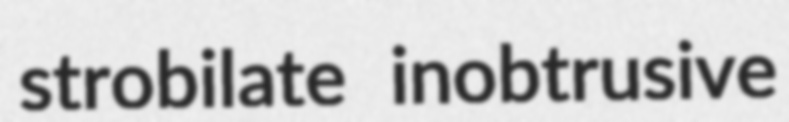
strobilate inobtrusive